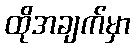
ထိုအချက်မှာ